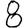
Digit: 8